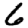
Digit: 6